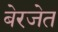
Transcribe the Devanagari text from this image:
बेरजेत